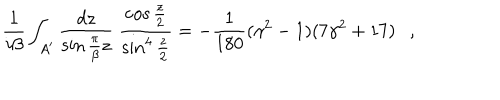
{ \frac { 1 } { i \beta } } \int _ { A ^ { \prime } } { \frac { d z } { \sin { \frac { \pi } { \beta } } z } } ~ { \frac { \cos \frac z 2 } { \sin ^ { 4 } \frac z 2 } } = - { \frac { 1 } { 1 8 0 } } ( \gamma ^ { 2 } - 1 ) ( 7 \gamma ^ { 2 } + 1 7 ) ,